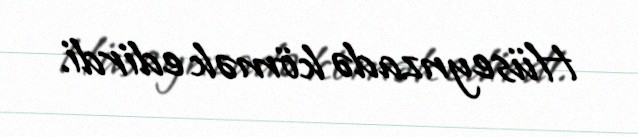
Hüseynzadə kömək edirdi.